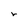
Character: r